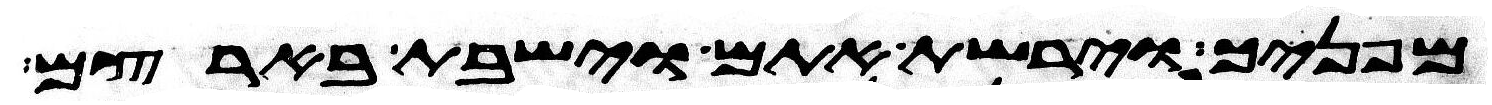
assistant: מפניך וירשת אתם וישבת בארצם